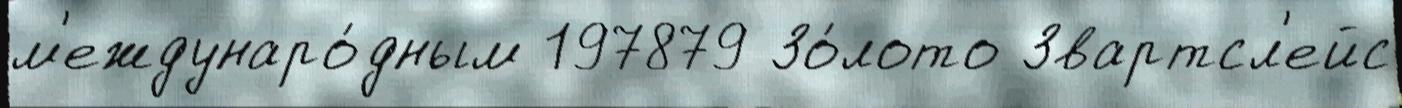
м'еждунаро́дным 197879 Зо́лото Звартсл'ейс